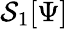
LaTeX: \mathcal{S}_{1}[\Psi]